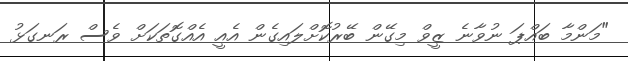
"މަންމާ ބައްޕަ ނުވާނެ ޒީވް މިގޭން ބޭރުކޮށްލައިގެން އެއީ އެއްގޮތަކަށް ވެސް ރަނގަޅު